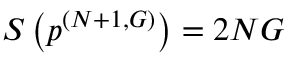
S \left( \boldsymbol { p } ^ { ( N + 1 , G ) } \right) = 2 N G